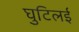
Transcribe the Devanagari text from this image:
घुटिलई